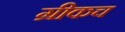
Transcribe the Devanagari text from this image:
ग्रीकच